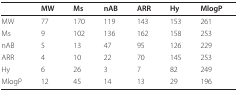
<table><thead><tr><td></td><td><b>MW</b></td><td><b>Ms</b></td><td><b>nAB</b></td><td><b>ARR</b></td><td><b>Hy</b></td><td><b>MlogP</b></td></tr></thead><tbody><tr><td>MW</td><td>77</td><td>170</td><td>119</td><td>143</td><td>153</td><td>261</td></tr><tr><td>Ms</td><td>9</td><td>102</td><td>136</td><td>162</td><td>158</td><td>253</td></tr><tr><td>nAB</td><td>5</td><td>13</td><td>47</td><td>95</td><td>126</td><td>229</td></tr><tr><td>ARR</td><td>4</td><td>10</td><td>22</td><td>70</td><td>145</td><td>253</td></tr><tr><td>Hy</td><td>6</td><td>26</td><td>3</td><td>7</td><td>82</td><td>249</td></tr><tr><td>MlogP</td><td>12</td><td>45</td><td>14</td><td>13</td><td>29</td><td>196</td></tr></tbody></table>